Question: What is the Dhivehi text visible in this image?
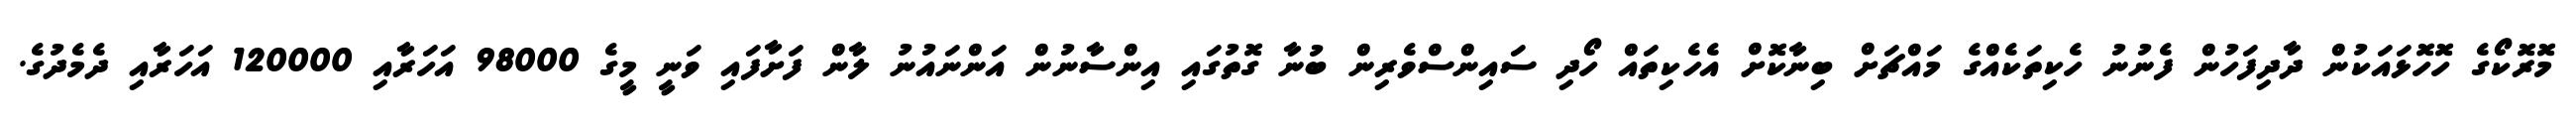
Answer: މޮރޮކޯގެ ހޮހޮޅައަކުން ދާދިފަހުން ފެނުނު ހެކިތަކެއްގެ މައްޗަށް ބިނާކޮށް އެހެކިތައް ހޯދި ސައިންސްވެރިން ބުނާ ގޮތުގައި އިންސާނުން އަންނައުނު ލާން ފަށާފައި ވަނީ މީގެ 98000 އަހަރާއި 120000 އަހަރާއި ދެމެދުގެ.